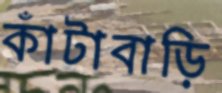
কাঁটাবাড়ি